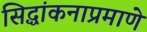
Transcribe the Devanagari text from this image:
सिद्धांकनाप्रमाणे